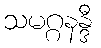
သမဂ္ဂနန္ဒီ